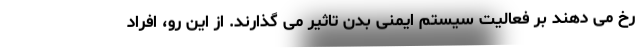
رخ می دهند بر فعالیت سیستم ایمنی بدن تاثیر می گذارند. از این رو، افراد